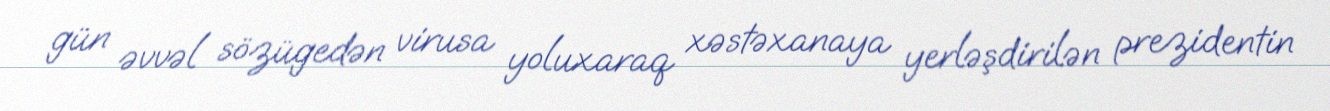
gün əvvəl sözügedən virusa yoluxaraq xəstəxanaya yerləşdirilən prezidentin